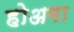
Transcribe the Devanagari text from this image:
होअगा